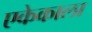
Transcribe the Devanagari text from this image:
एकेकाला